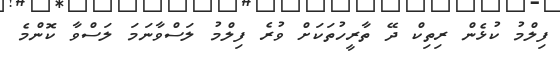
ފިލްމު ކުޅެން ރިތިކް ދޭ ތާރީހުތަކަށް ވުރެ ފިލްމު ލަސްވާނަމަ ލަސްވާ ކޮންމެ